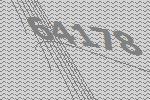
64178